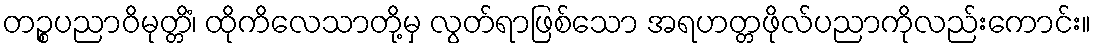
တဉ္စပညာဝိမုတ္တိံ၊ ထိုကိလေသာတို့မှ လွတ်ရာဖြစ်သော အရဟတ္တဖိုလ်ပညာကိုလည်းကောင်း။